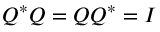
Q ^ { * } Q = Q Q ^ { * } = I